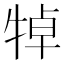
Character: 𤙴